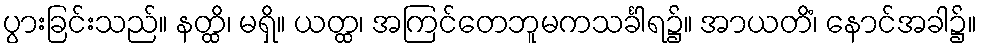
ပွားခြင်းသည်။ နတ္ထိ၊ မရှိ။ ယတ္ထ၊ အကြင်တေဘူမကသင်္ခါရ၌။ အာယတိံ၊ နောင်အခါ၌။